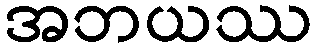
အဘယဿ